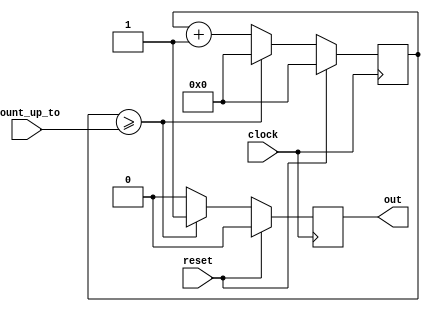
module rate_divider_frequency(clock, reset, count_up_to, out);
	input clock;
	input reset;
	input [31:0] count_up_to;
	output reg out; // added reg
	
	reg [31:0] rate_divider;
	
	always @ (posedge clock)
	begin
		if (reset)begin
			rate_divider <= 0;
			out <= 0; // new
			end
		else if(rate_divider >= count_up_to)begin
			rate_divider <= 0;
			out <= 1; // new
			end
		else begin
			rate_divider <= rate_divider + 1;
			out <= 0; // new
		end
	end


endmodule